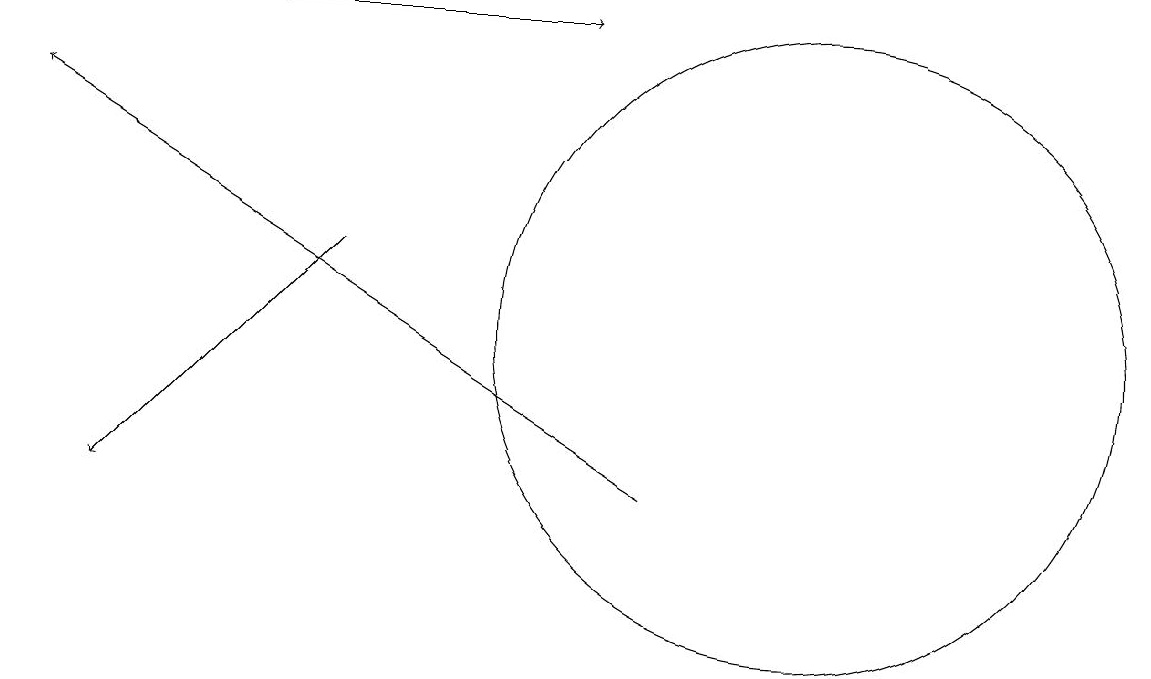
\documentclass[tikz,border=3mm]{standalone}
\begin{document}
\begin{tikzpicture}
\draw (10,12) circle (4);
\draw[->] (4,13) -- (1,10);
\draw[->] (3,16) -- (7,16);
\draw[->] (8,10) -- (0,15);
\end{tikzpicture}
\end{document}